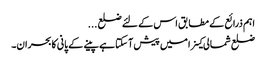
اہم ذرائع کے مطابق اس کے لئے ضلع ...
ضلع شمالی کینرا میں پیش آ سکتا ہے پینے کے پانی کابحران۔